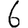
Digit: 6